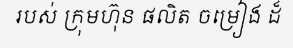
របស់ ក្រុមហ៊ុន ផលិត ចម្រៀង ដ៏